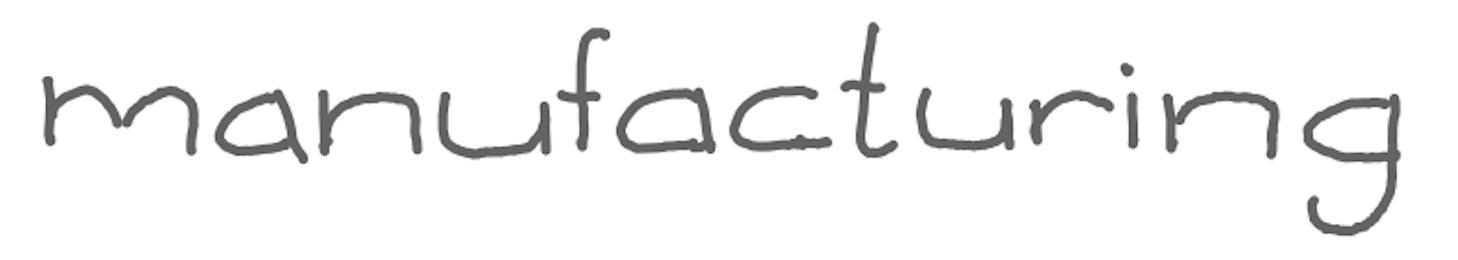
Text: manufacturing
Cross-out: clean
Writing tool: digital_gray